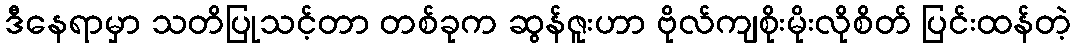
ဒီနေရာမှာ သတိပြုသင့်တာ တစ်ခုက ဆွန်ဇူးဟာ ဗိုလ်ကျစိုးမိုးလိုစိတ် ပြင်းထန်တဲ့